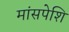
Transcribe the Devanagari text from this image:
मांसपेशि